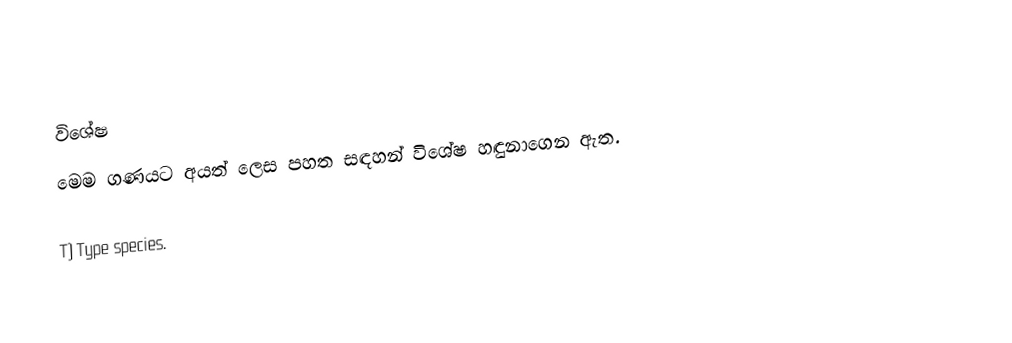

විශේෂ
මෙම  ගණයට අයත් ලෙස පහත සඳහන්  විශේෂ හඳුනාගෙන ඇත.

T) Type species.